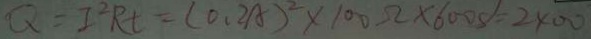
Q = I ^ { 2 } R t = ( 0 . 2 A ) ^ { 2 } \times 1 0 0 \Omega \times 6 0 0 s = 2 4 0 0